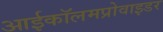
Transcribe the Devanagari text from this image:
आईकॉलमप्रोवाइडर